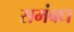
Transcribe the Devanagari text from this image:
समंबध